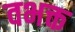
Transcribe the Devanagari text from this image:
वभक्त